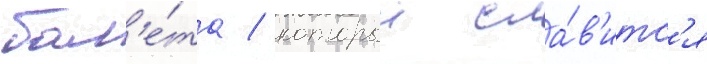
бал'е́та / которыи сла́в'итс'я